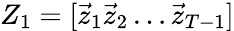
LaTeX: Z_{1}=[\vec{z}_{1}\vec{z}_{2}\dots\vec{z}_{T-1}]